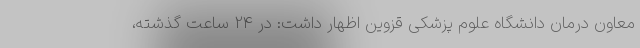
معاون درمان دانشگاه علوم پزشکی قزوین اظهار داشت: در 24 ساعت گذشته،